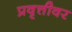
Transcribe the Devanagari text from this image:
प्रवृत्तीवर